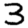
Digit: 3